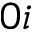
0 i